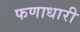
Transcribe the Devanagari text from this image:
फणाधारी